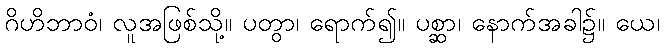
ဂိဟိဘာဝံ၊ လူအဖြစ်သို့။ ပတွာ၊ ရောက်၍။ ပစ္ဆာ၊ နောက်အခါ၌။ ယေ၊